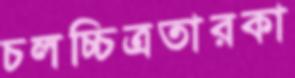
চলচ্চিত্রতারকা